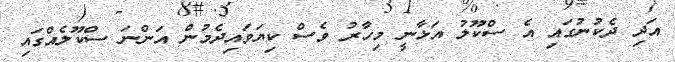
އަދި ދެކުނުގައި އެ ސްކޫލު އަޅާނީ މިހާރު ވެސް ކިޔަވައިދެމުން އަންނަ ސްކޫލެއްގައި